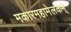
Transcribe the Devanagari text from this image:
मकारमहामेलकम्